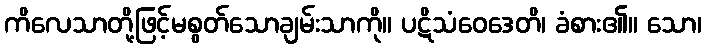
ကိလေသာတို့ဖြင့်မစွတ်သောချမ်းသာကို။ ပဋိသံဝေဒေတိ၊ ခံစား၏။ သော၊